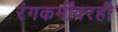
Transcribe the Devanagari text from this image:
रंगकर्मींवरही